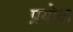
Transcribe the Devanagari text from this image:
प्रयोक